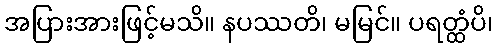
အပြားအားဖြင့်မသိ။ နပဿတိ၊ မမြင်။ ပရတ္ထံပိ၊